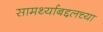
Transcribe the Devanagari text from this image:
सामर्थ्याबद्दलच्या